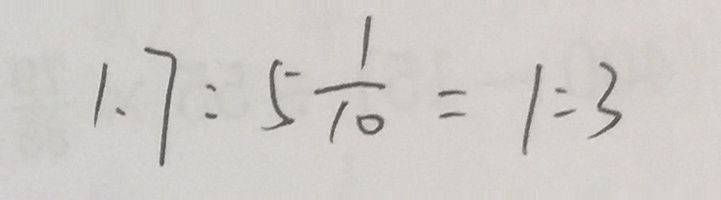
1 . 7 : 5 \frac { 1 } { 1 0 } = 1 : 3